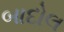
બાદોલ